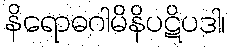
နိရောဓဂါမိနိပဋိပဒါ၊